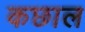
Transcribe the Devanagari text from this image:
कछाल